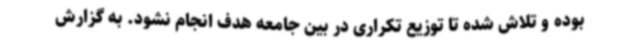
بوده و تلاش شده تا توزیع تکراری در بین جامعه هدف انجام نشود. به گزارش